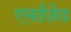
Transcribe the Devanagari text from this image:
एसईज़ेड